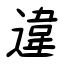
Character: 違